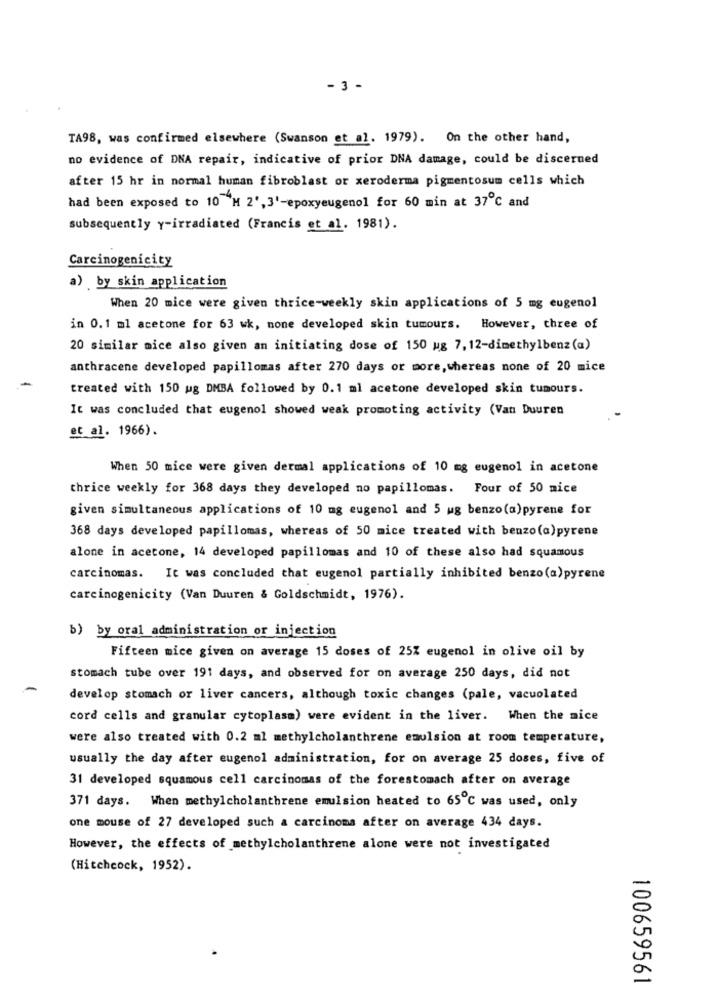
- 3 -
TA98, was confirmed elsewhere (Swanson et al. 1979). On the other hand,
no evidence of DNA repair, indicative of prior DNA damage, could be discerned
after 15 hr in normal human fibroblast or xeroderma pigmentosum cells which
had been exposed to 10 M 2', 3'-epoxyeugenol for 60 min at 37℃ and
subsequently y-irradiated (Francis et al. 1981).
Carcinogenicity
a) by skin application
When 20 mice were given thrice-weekly skin applications of 5 mg eugenol
in 0.1 ml acetone for 63 wk, mone developed skin tumours. However, three of
20 similar mice also given an initiating dose of 150 ug 7,12-dimethylbenz (a)
anthracene developed papillomas after 270 days or more, whereas none of 20 mice
treated with 150 ug DMBA followed by 0.1 ml acetone developed skin tumours.
It was concluded that eugenol showed weak promoting activity (Van buuren
et al. 1966).
When 50 mice were given dermal applications of 10 mg eugenol in acetone
thrice weekly for 368 days they developed no papillomas. Four of 50 nice
given simultaneous applications of 10 mg eugenol and 5 ug benzo(a)pyrene for
368 days developed papillomas, whereas of 50 mice treated with benzo(a)pyrene
alone in acetone, 14 developed papillomas and 10 of these also had squamous
carcinomas. It was concluded that eugenol partially inhibited benzo(a)pyrene
carcinogenicity (Van Duuren & Goldschmidt, 1976).
b) by oral administration or injection
Fifteen mice given on average 15 doses of 25% eugenol in olive oil by
stomach tube over 191 days, and observed for on average 250 days, did not
develop stomach or liver cancers, although toxic changes (pale, vacuolated
cord cells and granular cytoplasm) were evident in the liver. When the mice
were also treated with 0.2 ml methylcholanthrene emulsion at room temperature,
usually the day after eugenol administration, for on average 25 doses, five of
31 developed squamous cell carcinomas of the forestomach after on average
371 days. When methylcholanthrene emulsion heated to 65℃ was used, only
one mouse of 27 developed such a carcinoma after on average 434 days.
However, the effects of methylcholanthrene alone were not investigated
(Hitchcock, 1952).
100659561